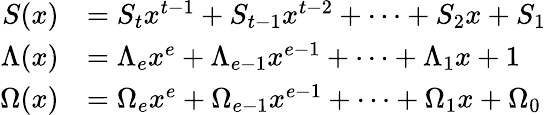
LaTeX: {\begin{array}{rl}{S(x)}&{=S_{t}x^{t-1}+S_{t-1}x^{t-2}+\cdots+S_{2}x+S_{1}}\\ {\Lambda(x)}&{=\Lambda_{e}x^{e}+\Lambda_{e-1}x^{e-1}+\cdots+\Lambda_{1}x+1}\\ {\Omega(x)}&{=\Omega_{e}x^{e}+\Omega_{e-1}x^{e-1}+\cdots+\Omega_{1}x+\Omega_{0}}\end{array}}